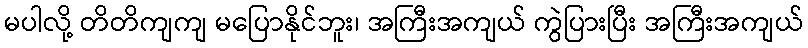
မပါလို့ တိတိကျကျ မပြောနိုင်ဘူး၊ အကြီးအကျယ် ကွဲပြားပြီး အကြီးအကျယ်